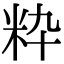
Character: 粋